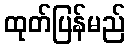
ထုတ်ပြန်မည်